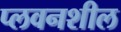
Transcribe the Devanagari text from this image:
प्लवनशील